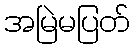
အမြဲမပြတ်